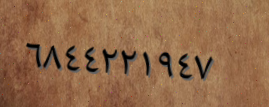
٦٨٤٤٢٢١٩٤٧